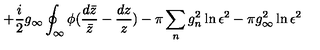
+ \frac { i } { 2 } g _ { \infty } \oint _ { \infty } \phi ( \frac { d \bar { z } } { \bar { z } } - \frac { d z } { z } ) - \pi \sum _ { n } g _ { n } ^ { 2 } \ln \epsilon ^ { 2 } - \pi g _ { \infty } ^ { 2 } \ln \epsilon ^ { 2 }